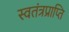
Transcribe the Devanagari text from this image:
स्वतंत्रप्राप्ति